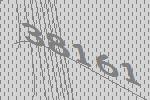
38161